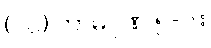
(၁၀) ကာမဂုဏ် ၅-ပါး